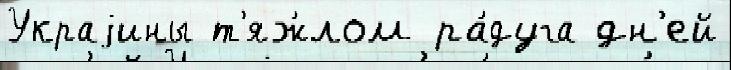
Украjины т'яж́лом ра́дуга дн'ей